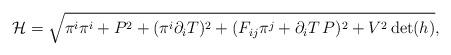
LaTeX: \begin{align*}{\cal H}=\sqrt{ \pi^i\pi^i +P^2+(\pi^i\partial_i T)^2 + (F_{ij}\pi^j+\partial_i T\, P)^2 +V^2\det(h)} ,\end{align*}